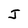
Character: J